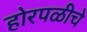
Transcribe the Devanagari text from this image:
होरपळीचे